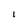
Character: 1